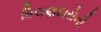
ધિરાણદારોની